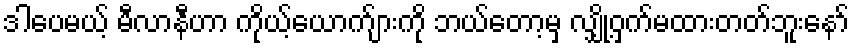
ဒါပေမယ့် မီလာနီဟာ ကိုယ့်ယောက်ျားကို ဘယ်တော့မှ လျှို့ဝှက်မထားတတ်ဘူးနော်